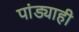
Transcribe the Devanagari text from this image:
पांड्याही